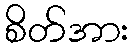
စိတ်အား